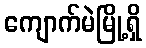
ကျောက်မဲမြို့ရှိ